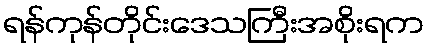
ရန်ကုန်တိုင်းဒေသကြီးအစိုးရက